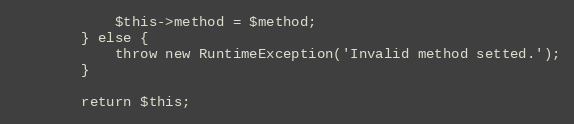
Language: PHP
			$this->method = $method;
		} else {
			throw new RuntimeException('Invalid method setted.');
		}

		return $this;